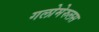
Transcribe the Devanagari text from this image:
गलोमेरुलस